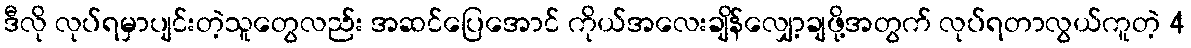
ဒီလို လုပ်ရမှာပျင်းတဲ့သူတွေလည်း အဆင်ပြေအောင် ကိုယ်အလေးချိန်လျှော့ချဖို့အတွက် လုပ်ရတာလွယ်ကူတဲ့ 4